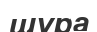
шұра